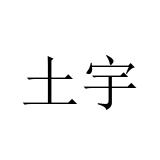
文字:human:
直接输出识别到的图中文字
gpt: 土宇